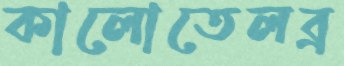
কালোতেলব্র